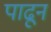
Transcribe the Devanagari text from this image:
पाढून